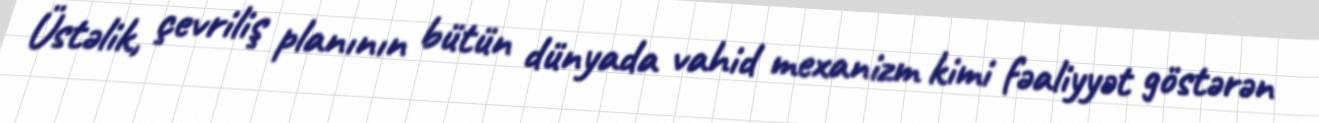
Üstəlik, çevriliş planının bütün dünyada vahid mexanizm kimi fəaliyyət göstərən